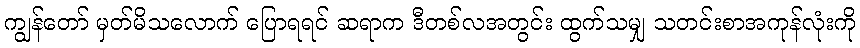
ကျွန်တော် မှတ်မိသလောက် ပြောရရင် ဆရာက ဒီတစ်လအတွင်း ထွက်သမျှ သတင်းစာအကုန်လုံးကို